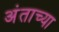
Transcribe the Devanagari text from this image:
अंताच्या